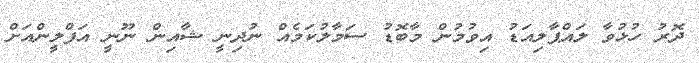
ދޮރު ހުޅުވާ ލައްޕާލިއަޑު އިވުމުން މާބޮޑު ސަމާލުކަމެއް ނުދިނީ ޝާއިން ނޫނީ އަފްލީންއަށް